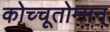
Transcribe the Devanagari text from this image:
कोच्चूतोम्मन्